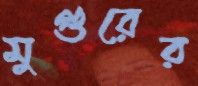
মুগুরের